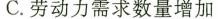
C.劳动力需求数量增加